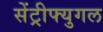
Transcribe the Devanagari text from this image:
सेंट्रीफ्युगल